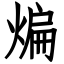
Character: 煸